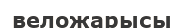
веложарысы